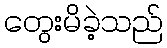
တွေးမိခဲ့သည်